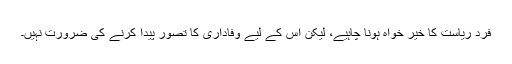
فرد ریاست کا خیر خواہ ہونا چاہیے، لیکن اس کے لیے وفاداری کا تصور پیدا کرنے کی ضرورت نہیں۔